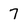
Character: 7